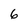
Character: 6